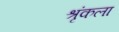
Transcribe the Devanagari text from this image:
श्रृंकला